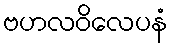
ဗဟလဝိလေပနံ